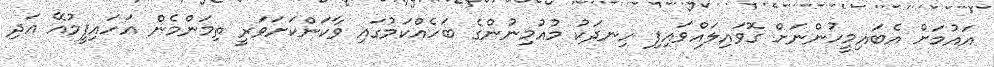
އައުމަށް އެބައިމީހުންނަށް ގޮވައިލައްވައިފި ހިނދަކު މުއުމިނުންގެ ބަހެއްކަމުގައި ވާކަންކަށަވަރީ ތިމަންމެން އަހައިފީމުއޭ އަދި